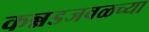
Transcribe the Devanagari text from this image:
कन्नडजवळच्या